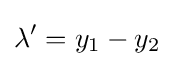
\lambda '=y_{1}-y_{2}